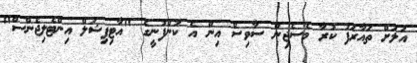
އަލަށް ތައާރަފު ކުރާ މެސެޖިން ސާވިސް އިން އެ ކުންފުނީގެ "އާޓިފިޝަލް އިންޓެލިޖެންސް"